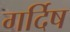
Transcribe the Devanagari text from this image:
गर्दिष